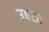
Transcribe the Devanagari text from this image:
उषसः